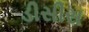
ડીસીસ